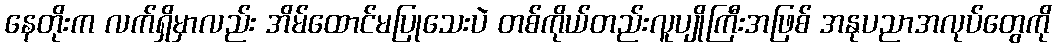
နေတိုးက လက်ရှိမှာလည်း အိမ်ထောင်မပြုသေးပဲ တစ်ကိုယ်တည်းလူပျိုကြီးအဖြစ် အနုပညာအလုပ်တွေကို